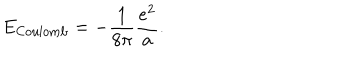
LaTeX: E _ { \mathrm { C o u l o m b } } = - { \frac { 1 } { 8 \pi } } { \frac { e ^ { 2 } } { a } } .